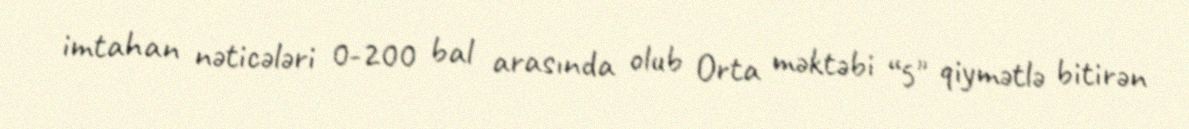
imtahan nəticələri 0-200 bal arasında olub Orta məktəbi “5" qiymətlə bitirən